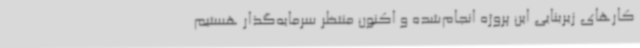
کارهای زیربنایی این پروژه انجام‌شده و اکنون منتظر سرمایه‌گذار هستیم